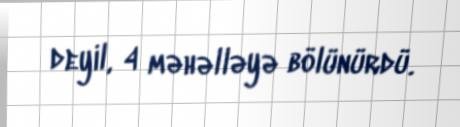
deyil, 4 məhəlləyə bölünürdü.